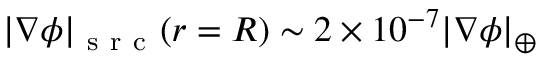
| \nabla \phi | _ { \mathrm { ~ s ~ r ~ c ~ } } ( r = R ) \sim 2 \times 1 0 ^ { - 7 } | \nabla \phi | _ { \oplus }